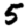
Digit: 5